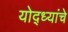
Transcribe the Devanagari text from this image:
योद्ध्यांचे